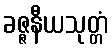
ခဇ္ဇနီယသုတ္တံ